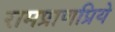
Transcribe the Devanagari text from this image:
रामप्राणप्रिये